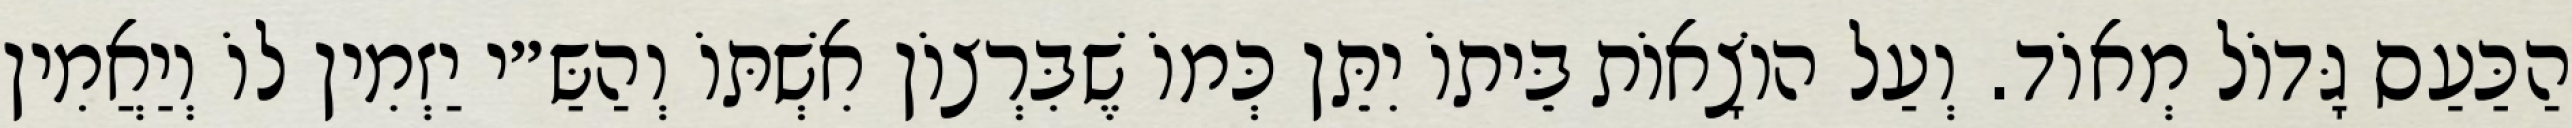
הַכַּעַס גָּדוֹל מְאוֹד. וְעַל הוֹצָאוֹת בֵּיתוֹ יִתֵּן כְּמוֹ שֶׁבִּרְצוֹן אִשְׁתּוֹ וְהַשַּ״י יַזְמִין לוֹ וְיַאֲמִין